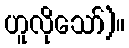
ဟူလိုသော်)။